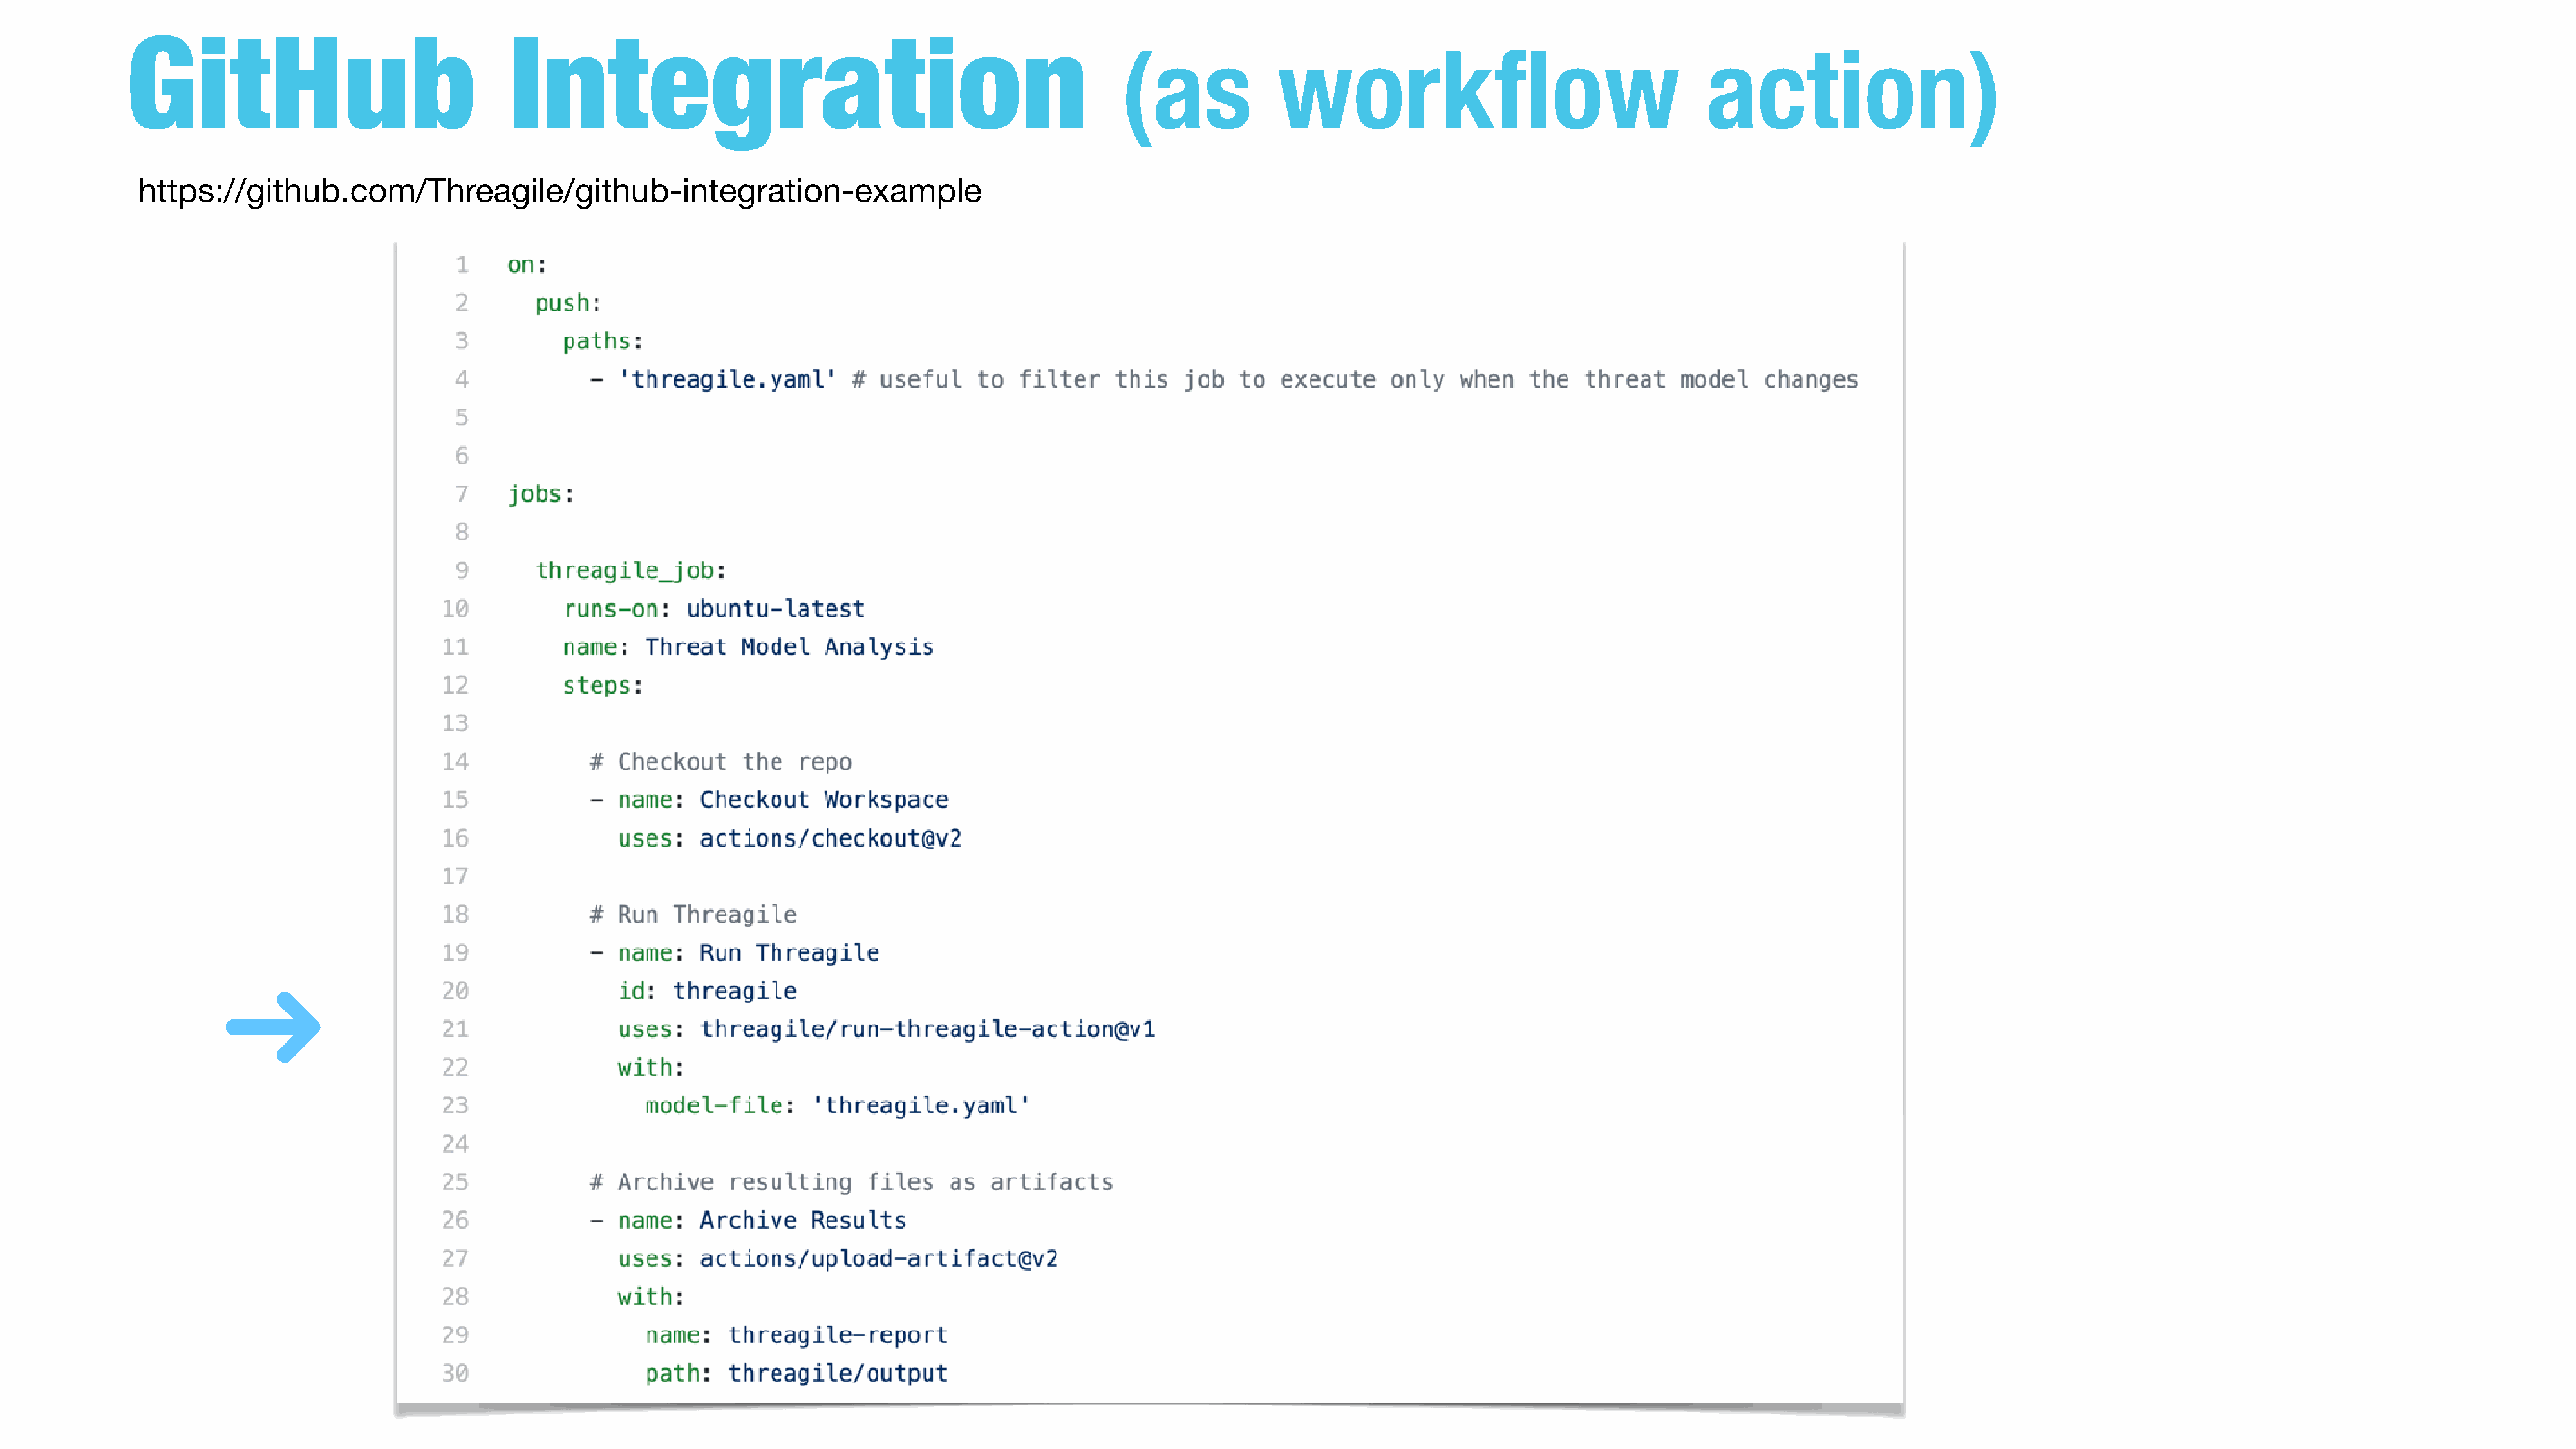
GitHub                                 Integration
 (as             workflow                                    action)
 https://github.com/Threagile/github-integration-example